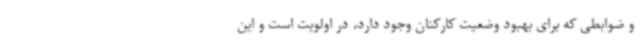
و ضوابطی که برای بهبود وضعیت کارکنان وجود دارد، در اولویت است و این